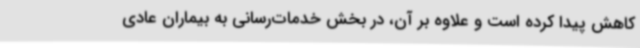
کاهش پیدا کرده است و علاوه بر آن، در بخش خدمات‌رسانی به بیماران عادی